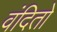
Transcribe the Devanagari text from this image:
वंदितो